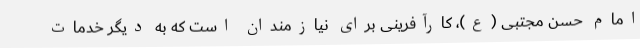
امام حسن مجتبی (ع)، کارآفرینی برای نیازمندان است که به دیگر خدمات